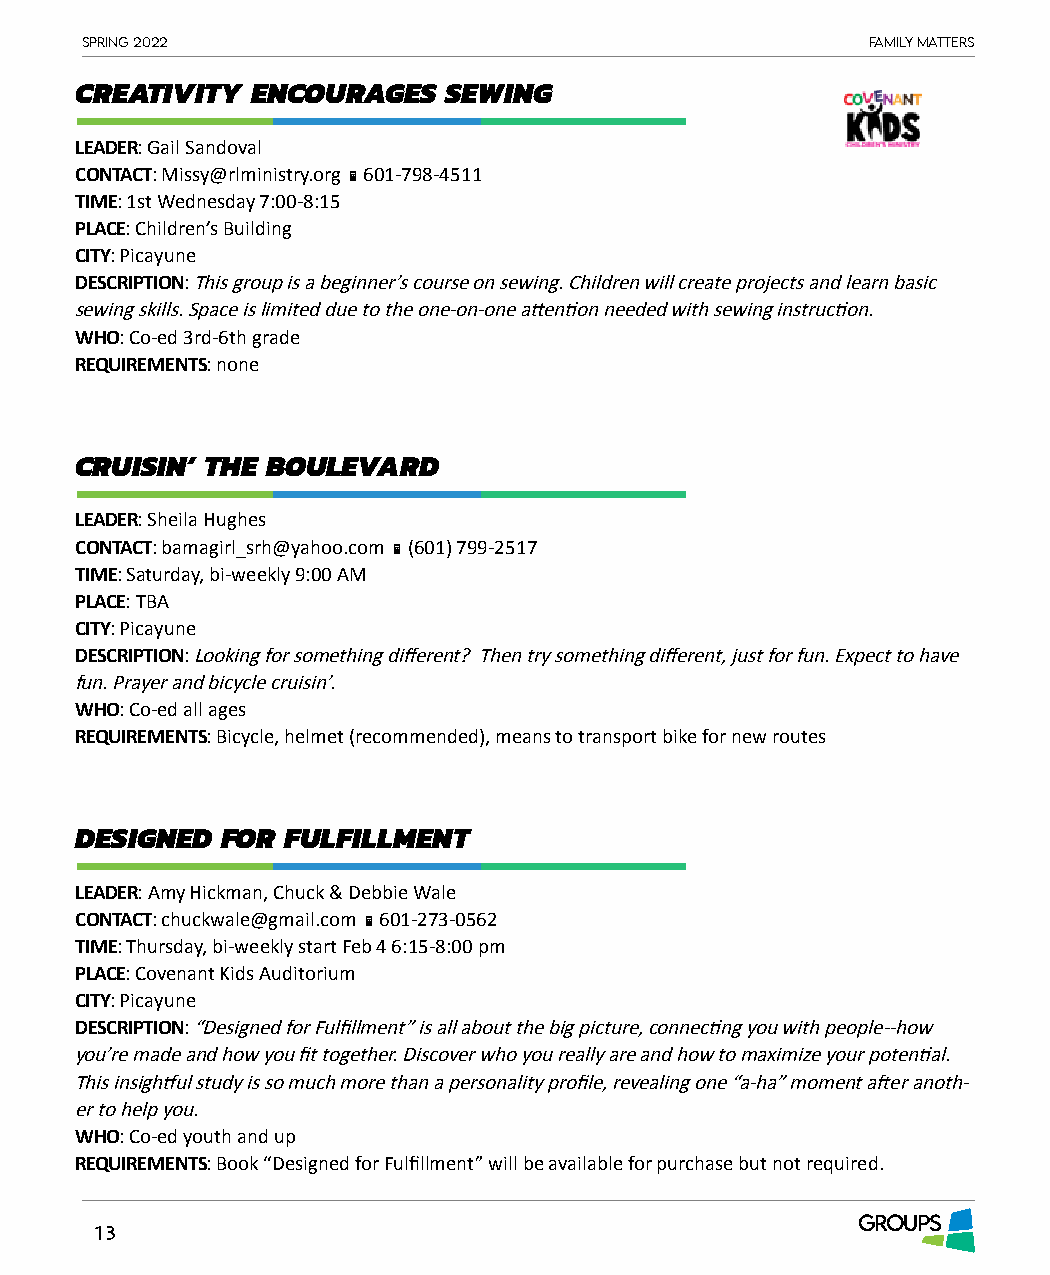
Spring 2022                                          Family matterS
 CREATIVITY  ENCOURAGES  SEWING
 LEADER: Gail Sandoval
 CONTACT: Missy@rlministry.org  601-798-4511
 TIME: 1st Wednesday 7:00-8:15
 PLACE: Children’s Building
 CITY: Picayune
 DESCRIPTION: This group is a beginner’s course on sewing. Children will create projects and learn basic
 sewing skills. Space is limited due to the one-on-one attention needed with sewing instruction.
 WHO: Co-ed 3rd-6th grade
 REQUIREMENTS: none
 CRUISIN’ THE BOULEVARD
 LEADER: Sheila Hughes
 CONTACT: bamagirl_srh@yahoo.com  (601) 799-2517
 TIME: Saturday, bi-weekly 9:00 AM
 PLACE: TBA
 CITY: Picayune
 DESCRIPTION: Looking for something different? Then try something different, just for fun. Expect to have
 fun. Prayer and bicycle cruisin’.
 WHO: Co-ed all ages
 REQUIREMENTS: Bicycle, helmet (recommended), means to transport bike for new routes
 DESIGNED  FOR FULFILLMENT
 LEADER: Amy Hickman, Chuck & Debbie Wale
 CONTACT: chuckwale@gmail.com  601-273-0562
 TIME: Thursday, bi-weekly start Feb 4 6:15-8:00 pm
 PLACE: Covenant Kids Auditorium
 CITY: Picayune
 DESCRIPTION: “Designed for Fulfillment” is all about the big picture, connecting you with people--how
 you’re made and how you fit together. Discover who you really are and how to maximize your potential.
 This insightful study is so much more than a personality profile, revealing one “a-ha” moment after anoth-
 er to help you.
 WHO: Co-ed youth and up
 REQUIREMENTS: Book “Designed for Fulfillment” will be available for purchase but not required.
 GROUPS
 13